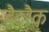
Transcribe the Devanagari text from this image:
हैटरैक